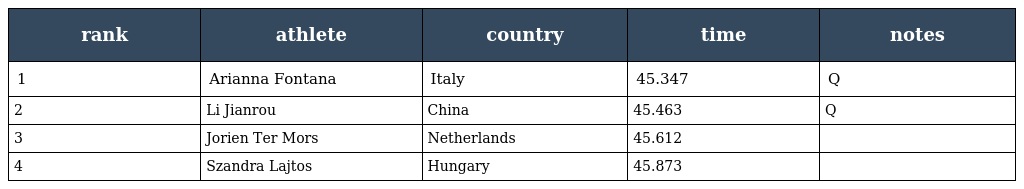
| rank | athlete | country | time | notes |
 | --- | --- | --- | --- | --- |
 | 1 | Arianna Fontana | Italy | 45.347 | Q |
 | 2 | Li Jianrou | China | 45.463 | Q |
 | 3 | Jorien Ter Mors | Netherlands | 45.612 |  |
 | 4 | Szandra Lajtos | Hungary | 45.873 |  |